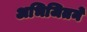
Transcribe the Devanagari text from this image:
अभिजितने